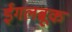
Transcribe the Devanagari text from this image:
ईगलब्रूक